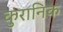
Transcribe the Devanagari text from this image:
कुरानिक